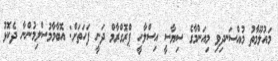
މައުލޫމާތު މުއްސަނދިވި މިއަންމާގެ ސިޔާސީ އިސްލާހީ ޕްރޮގްރާމް ދަނީ ފަހަތަށް: އޮބާމާމުސްލިމުންނާ ދެކޮޅު